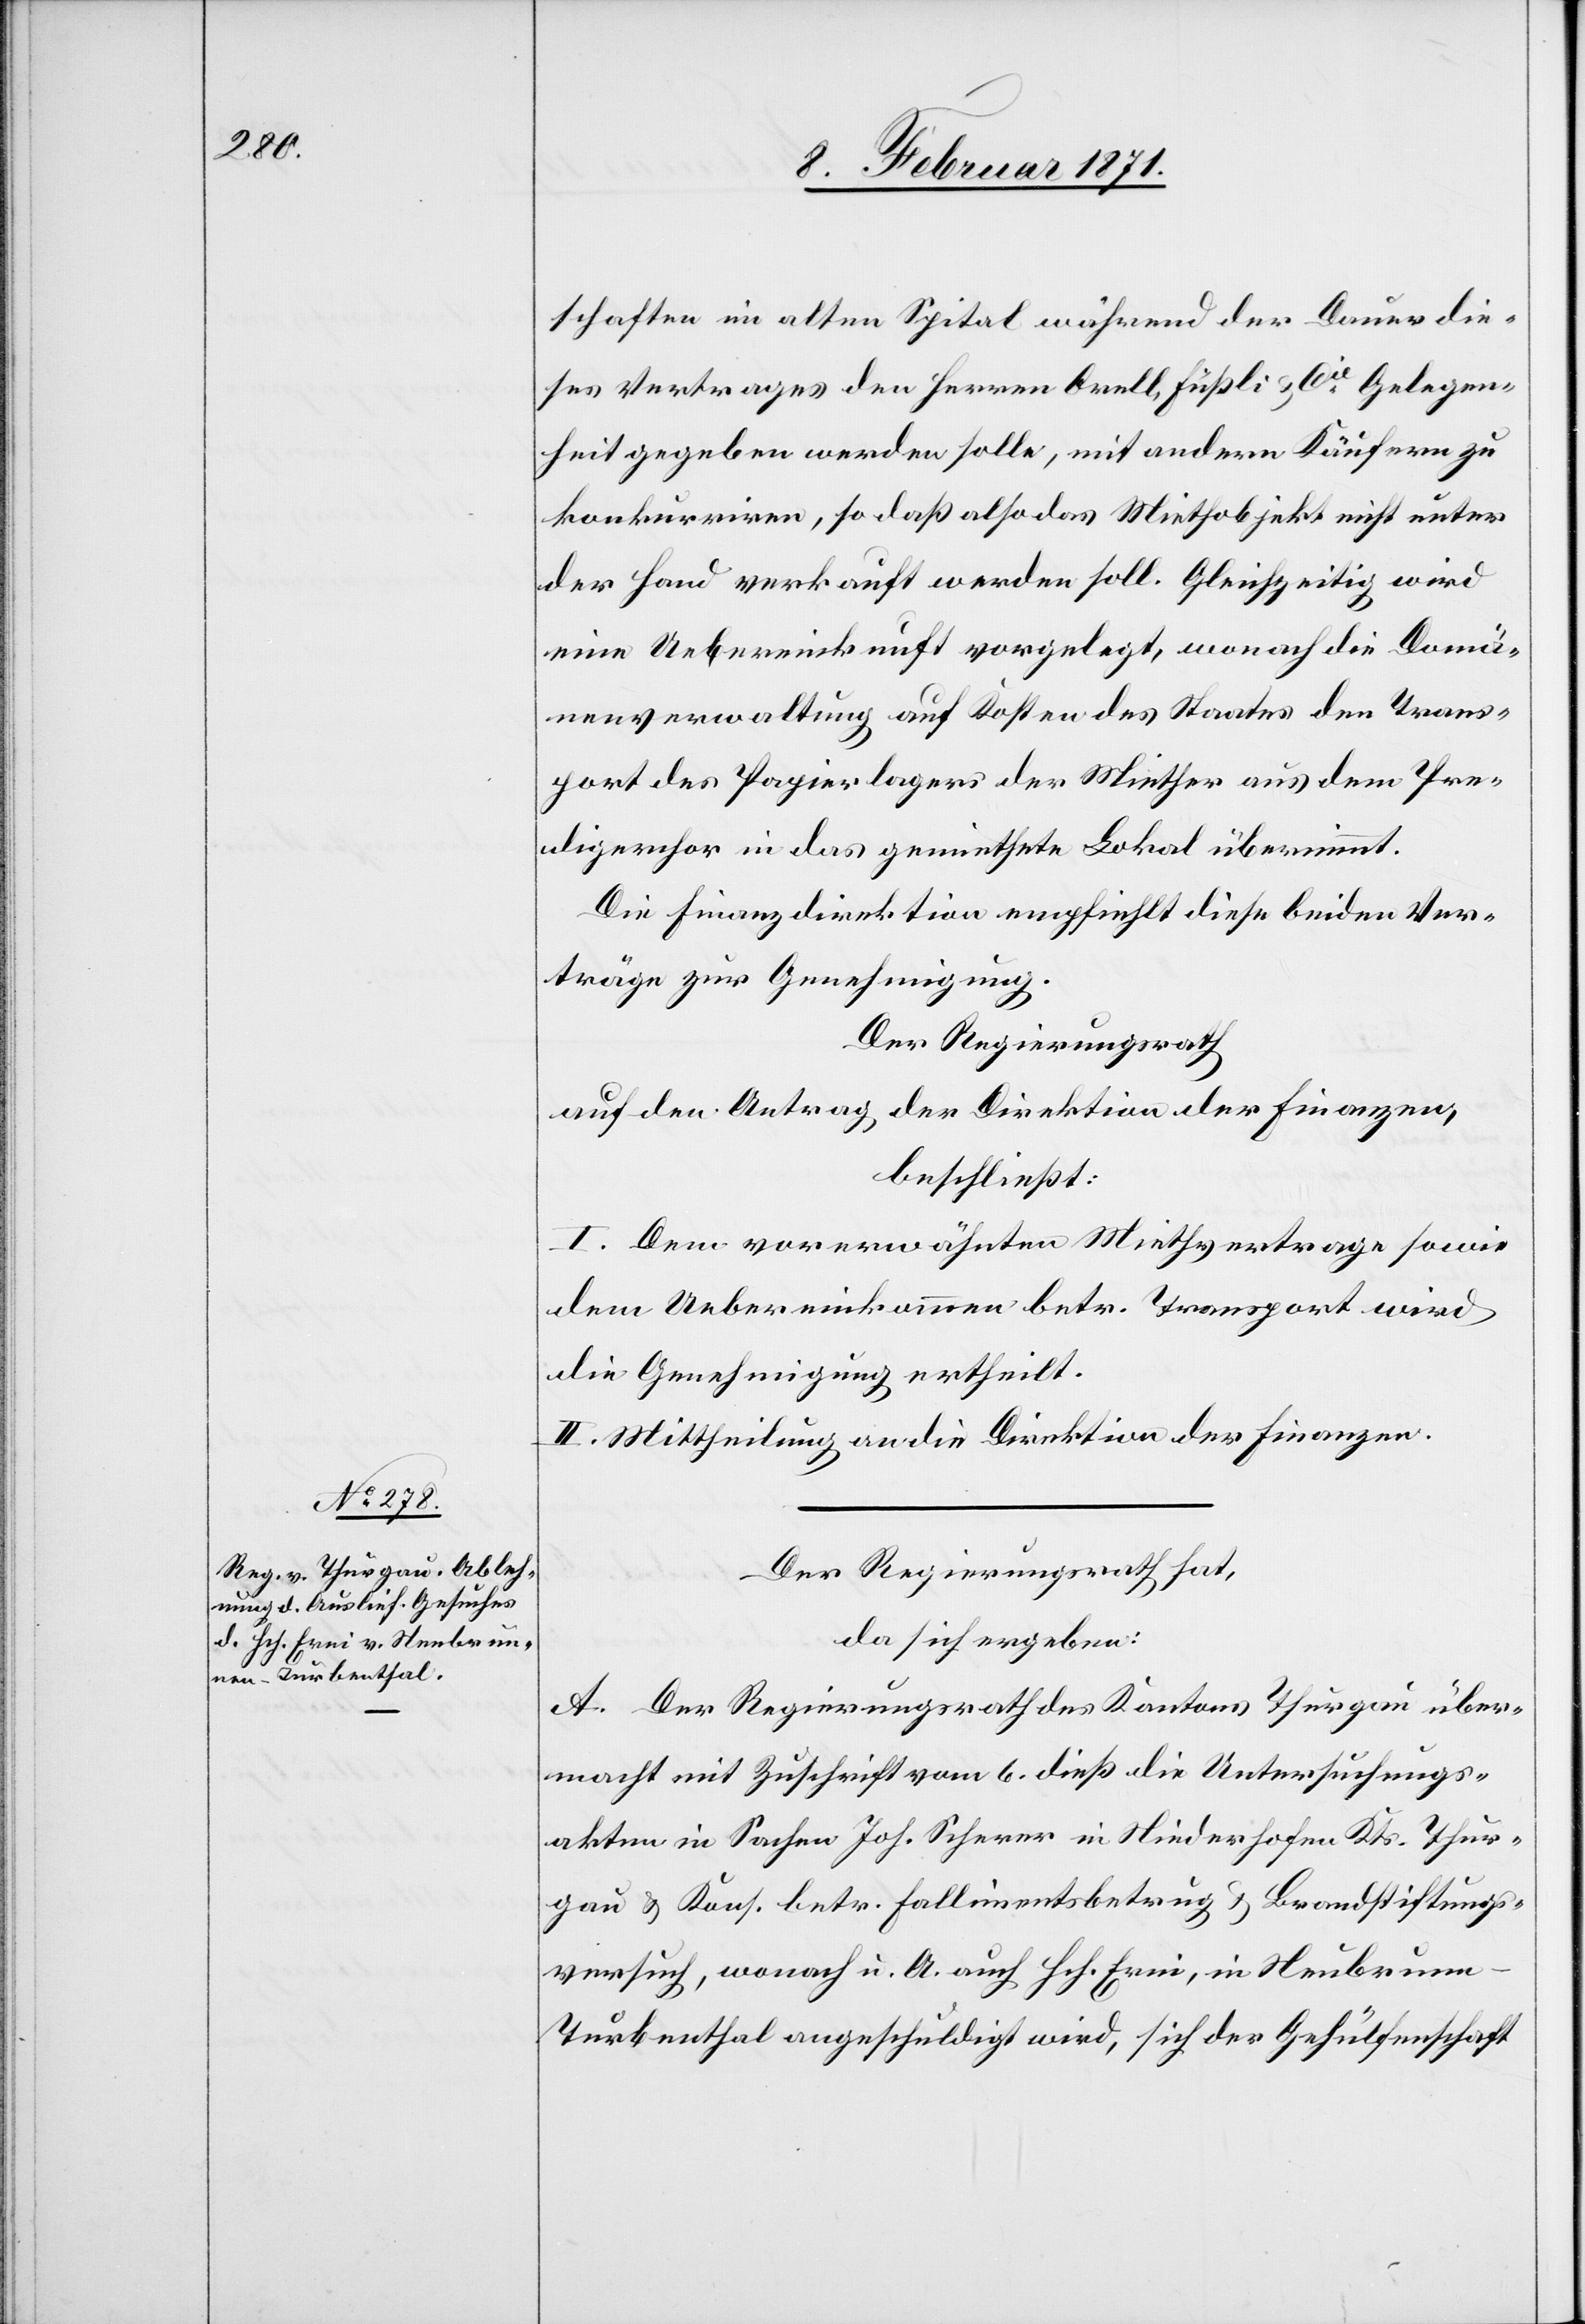
schaften im alten Spital während der Dauer die¬
ses Vertrages den Herren Orell, Füßli & Cie. Gelegen¬
heit gegeben werden solle, mit andern Käufern zu
konkurriren, so daß also das Mietobjekt nicht unter
der Hand verkauft werden soll. Gleichzeitig wird
eine Uebereinkunft vorgelegt, wonach die Domä¬
nenverwaltung auf Kosten des Staates den Trans¬
port des Papierlagers der Miether aus dem Pre¬
digerchor in das gemiethete Lokal übernimmt.
Die Finanzdirektion empfiehlt diese beiden Ver¬
träge zur Genehmigung.
Der Regierungsrath
auf den Antrag der Direktion der Finanzen,
beschließt:
I. Dem vorerwähnten Miethvertrage sowie
dem Uebereinkommen betr. Transport wird
die Genehmigung ertheilt.
II. Mittheilung an die Direktion der Finanzen.
Der Regierungsrath hat,
da sich ergeben:
A. Der Regierungsrath des Kantons Thurgau über¬
macht mit Zuschrift vom 6. dieß die Untersuchungs¬
akten in Sachen Joh. Scherer in Niederhofen Kts. Thur¬
gau u. Kons. betr. Fallimentsbetrug u. Brandstiftungs¬
versuch, wonach u. A. auch Hch. Erni, in Neubrun¬
n-Turbenthal angeschuldigt wird, sich der Gehülfenschaft